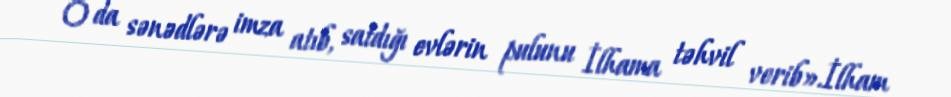
O da sənədlərə imza atıb, satdığı evlərin pulunu İlhama təhvil verib».İlham